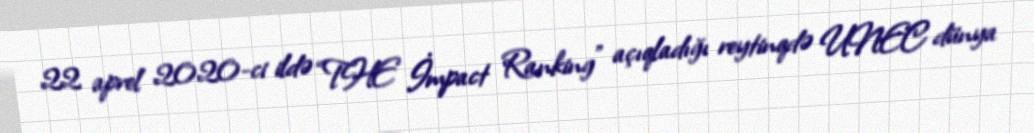
22 aprel 2020-ci ildə “THE İmpact Ranking” açıqladığı reytinqdə UNEC dünya